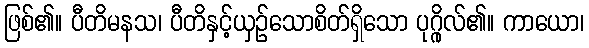
ဖြစ်၏။ ပီတိမနသ၊ ပီတိနှင့်ယှဉ်သောစိတ်ရှိသော ပုဂ္ဂိုလ်၏။ ကာယော၊